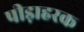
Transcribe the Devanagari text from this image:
पीड़ाहरक